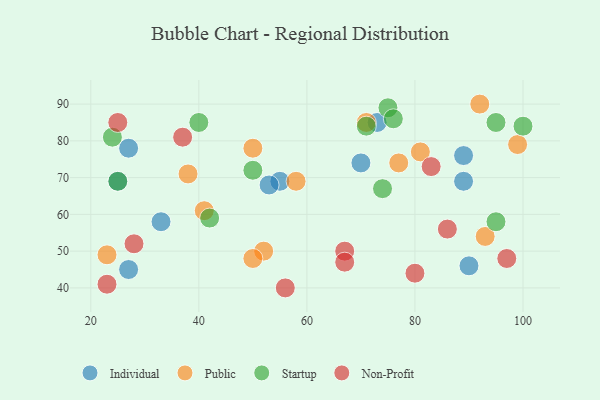
{"axis": {"x": "GDP", "y": "Life Expectancy"}, "legend": ["Individual", "Non-Profit", "Public", "Startup"], "data": [{"x": "25", "y": 69, "type": "Individual"}, {"x": "55", "y": 69, "type": "Individual"}, {"x": "89", "y": 69, "type": "Individual"}, {"x": "73", "y": 85, "type": "Individual"}, {"x": "89", "y": 76, "type": "Individual"}, {"x": "90", "y": 46, "type": "Individual"}, {"x": "70", "y": 74, "type": "Individual"}, {"x": "33", "y": 58, "type": "Individual"}, {"x": "27", "y": 78, "type": "Individual"}, {"x": "27", "y": 45, "type": "Individual"}, {"x": "53", "y": 68, "type": "Individual"}, {"x": "52", "y": 50, "type": "Public"}, {"x": "41", "y": 61, "type": "Public"}, {"x": "93", "y": 54, "type": "Public"}, {"x": "92", "y": 90, "type": "Public"}, {"x": "23", "y": 49, "type": "Public"}, {"x": "38", "y": 71, "type": "Public"}, {"x": "71", "y": 85, "type": "Public"}, {"x": "99", "y": 79, "type": "Public"}, {"x": "81", "y": 77, "type": "Public"}, {"x": "50", "y": 48, "type": "Public"}, {"x": "77", "y": 74, "type": "Public"}, {"x": "58", "y": 69, "type": "Public"}, {"x": "50", "y": 78, "type": "Public"}, {"x": "95", "y": 85, "type": "Startup"}, {"x": "100", "y": 84, "type": "Startup"}, {"x": "95", "y": 58, "type": "Startup"}, {"x": "40", "y": 85, "type": "Startup"}, {"x": "71", "y": 84, "type": "Startup"}, {"x": "75", "y": 89, "type": "Startup"}, {"x": "74", "y": 67, "type": "Startup"}, {"x": "50", "y": 72, "type": "Startup"}, {"x": "42", "y": 59, "type": "Startup"}, {"x": "24", "y": 81, "type": "Startup"}, {"x": "25", "y": 69, "type": "Startup"}, {"x": "76", "y": 86, "type": "Startup"}, {"x": "28", "y": 52, "type": "Non-Profit"}, {"x": "37", "y": 81, "type": "Non-Profit"}, {"x": "67", "y": 50, "type": "Non-Profit"}, {"x": "67", "y": 47, "type": "Non-Profit"}, {"x": "25", "y": 85, "type": "Non-Profit"}, {"x": "97", "y": 48, "type": "Non-Profit"}, {"x": "83", "y": 73, "type": "Non-Profit"}, {"x": "86", "y": 56, "type": "Non-Profit"}, {"x": "56", "y": 40, "type": "Non-Profit"}, {"x": "80", "y": 44, "type": "Non-Profit"}, {"x": "23", "y": 41, "type": "Non-Profit"}]}